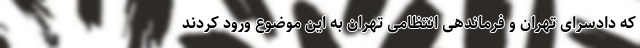
که دادسرای تهران و فرماندهی انتظامی تهران به این موضوع ورود کردند